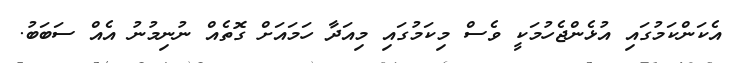
އެކަންކަމުގައި އުޅެންޖެހުމަކީ ވެސް މިކަމުގައި މިއަދާ ހަމައަށް ގޮތެއް ނުނިމުނު އެއް ސަބަބު.